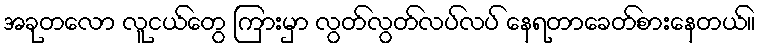
အခုတလော လူငယ်တွေ ကြားမှာ လွတ်လွတ်လပ်လပ် နေရတာခေတ်စားနေတယ်။